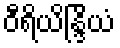
ဝီရိယိန္ဒြိယံ